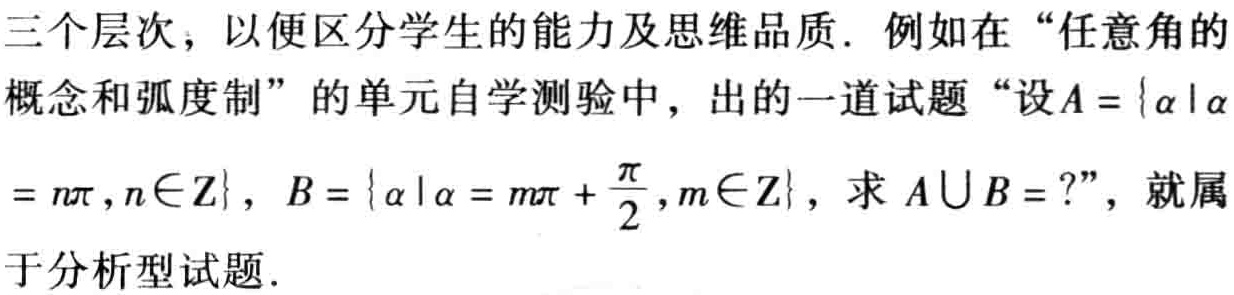
三个层次，以便区分学生的能力及思维品质. 例如在“任意角的
概念和弧度制”的单元自学测验中，出的一道试题“设\(A = \{ \alpha\mid\alpha\)
\(= n\pi,n\in \mathbf{Z}\}\)，\(B = \{ \alpha\mid\alpha = m\pi+\frac{\pi}{2},m\in \mathbf{Z}\}\)，求\(A\cup B = ?\)”，就属
于分析型试题.